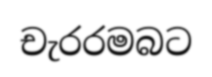
චැරරමබට